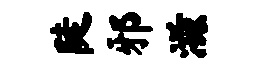
陡邪滋